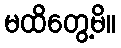
မထိတွေ့မိ။